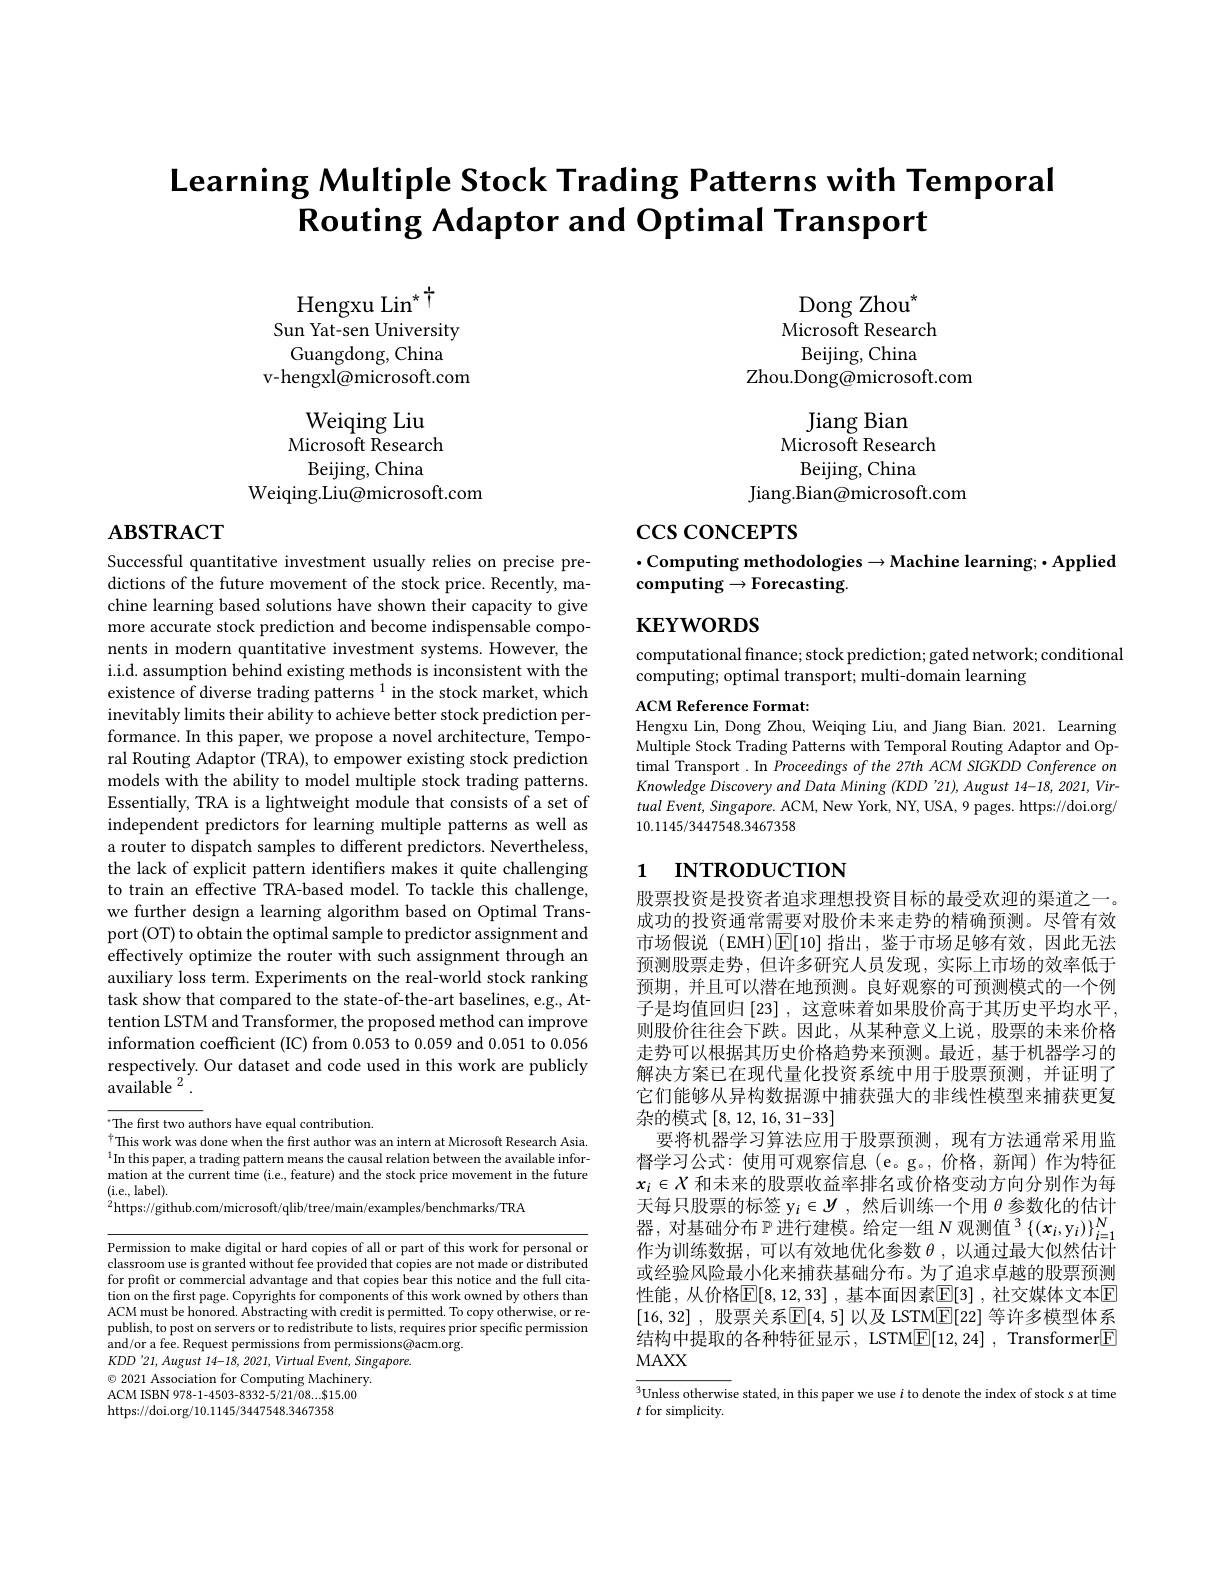
Learning Multiple Stock Trading Patterns with Temporal
Routing Adaptor and Optimal Transport

Hengxu Lin$^{*}$ Sun Yat-sen University Guangdong, China
v-hengxl@microsoft.com
Weiqing Liu Microsoft Research Beijing, China
Weiqing.Liu@microsoft.com

$\mathbf{ABSTRACT}$

Successful quantitative investment usually relies on precise predictions of the future movement of the stock price. Recently, machine learning based solutions have shown their capacity to give more accurate stock prediction and become indispensable components in modern quantitative investment systems. However, the i.i.d. assumption behind existing methods is inconsistent with the existence of diverse trading patterns $^1$ in the stock market, which inevitably limits their ability to achieve better stock prediction performance. In this paper, we propose a novel architecture, Temporal Routing Adaptor (TRA), to empower existing stock prediction models with the ability to model multiple stock trading patterns. Essentially, TRA is a lightweight module that consists of a set of independent predictors for learning multiple patterns as well as a router to dispatch samples to different predictors. Nevertheless, the lack of explicit pattern identifers makes it quite challenging to train an effective TRA-based model. To tackle this challenge, we further design a learning algorithm based on Optimal Transport (OT) to obtain the optimal sample to predictor assignment and effectively optimize the router with such assignment through an auxiliary loss term. Experiments on the real-world stock ranking task show that compared to the state-of-the-art baselines, e.g., Attention LSTM and Transformer, the proposed method can improve information coefficient (IC) from 0.053 to 0.059 and 0.051 to 0.056 respectively. Our dataset and code used in this work are publicly $\dot{\text{available }^2}.$

$^{*}$The first two authors have equal contribution.
This work was done when the first author was an intern at Microsoft Research Asia $^{1}$In this paper, a trading pattern means the causal relation between the available information at the current time (i.e., feature) and the stock price movement in the future (i.e., label).
$^{2}$https://github.com/microsoft/qlib/tree/main/examples/benchmarks/TRA

Permission to make digital or hard copies of all or part of this work for personal or classroom use is granted without fee provided that copies are not made or distributed for profit or commercial advantage and that copies bear this notice and the full citation on the first page. Copyrights for components of this work owned by others than ACM must be honored. Abstracting with credit is permitted. To copy otherwise, or republish, to post on servers or to redistribute to lists, requires prior specific permission and/or a fee. Request permissions from permissions@acm.org.
$KDD'21,August~14-18,~2021,~Virtual~Event,~Singapore.$
$\textcircled{\circ}$ 2021 Association for Computing Machinery. ACM ISBN 978-1-4503-8332-5/21/08....815.00 https://doi.org/10.1145/3447548.3467358

Dong Zhou$^{*}$
Microsoft Research
Beijing, China
Zhou.Dong@microsoft.com
Jiang Bian
Microsoft Research
Beijing, China
Jiang.Bian@microsoft.com

$\csc\csc$coNCEPTS

$\cdot$Computing methodologies$\to$Machine learning;$\bullet$Applied
${\mathrm{computing}}\to{\mathrm{Forecasting}}.$

$\mathbf{KEYWORDS}$

computational finance; stock prediction; gated network; conditional
computing; optimal transport; multi-domain learning
ACM Reference Format:

Hengxu Lin, Dong Zhou, Weiqing Liu, and Jiang Bian.2021. Learning Multiple Stock Trading Patterns with Temporal Routing Adaptor and Op- $\dot{\text{timal Transport. In Proceedings of the 27th ACM SIGKDD Conference on}}$ Knowledge Discovery and Data Mining (KDD 21), August 14-18, 2021, Vir- $tualEvent,Singapore.$ ACM, New York, NY, USA, 9 pages. https://doi.org/ 10.1145/3447548.3467358

# 1 INTRODUCTION

股票投资是投资者追求理想投资目标的最受欢迎的渠道之一。成功的投资通常需要对股价未来走势的精确预测。尽管有效市场假说 (EMH)$\operatorname{E}[10]$指出，鉴于市场足够有效，因此无法预测股票走势，但许多研究人员发现，实际上市场的效率低于预期，并且可以潜在地预测。良好观察的可预测模式的一个例子是均值回归[23] ,这意味着如果股价高于其历史平均水平， 则股价往往会下跌。因此，从某种意义上说，股票的未来价格走势可以根据其历史价格趋势来预测。最近，基于机器学习的解决方案已在现代量化投资系统中用于股票预测，并证明了它们能够从异构数据源中捕获强大的非线性模型来捕获更复杂的模式[8,12,16,31-33]
要将机器学习算法应用于股票预测，现有方法通常采用监督学习公式：使用可观察信息(e。g。,价格，新闻)作为特征$x_i\in X$和未来的股票收益率排名或价格变动方向分别作为每天每只股票的标签$y_i\in\mathcal{Y}$ ,然后训练一个用$\theta$参数化的估计器，对基础分布$\mathbb{P}$进行建模。给定一组$N\text{ 观测值 }^3\left\{(x_i,y_i)\right\}_i=1^N$ 作为训练数据，可以有效地优化参数$\theta$,以通过最大似然估计或经验风险最小化来捕获基础分布。为了追求卓越的股票预测性能，从价格$\mathbb{E}[8,12,33]$ ,基本面因素$\mathbb{E}[3]$ ,社交媒体文本$\mathbb{E}$ [16,32] , 股票关系$\boxed{\mathrm{E} }[ 4, 5]$ 以及 LSTM$\boxed{\mathrm{E} }[ 22]$ 等许多模型体系结构中提取的各种特征显示，LSTM$\boxed{\mathbb{E}}[12,24]$, Transformer$\boxed{\mathbb{E}}$ MAXX

$^3$Unless otherwise stated, in this paper we use $i$ to denote the index of stock s at time
$t$ for simplicity.